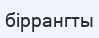
біррангты